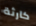
كارثة